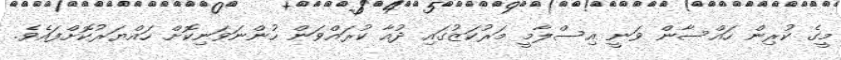
މީގެ ކުރިން ހައްސާން ވަނީ އިސްލާމީ މަރުކަޒުގައި ދުއާ ކުރައްވަން ހުންނަވަނިކޮށް ހައްޔަރުކޮށްފައެވެ.